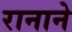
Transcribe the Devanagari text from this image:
रानाने